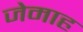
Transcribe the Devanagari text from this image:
जेमाह